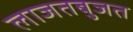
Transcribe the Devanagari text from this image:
लाजतबुजत